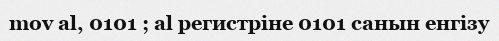
mov al, 0101 ; al регистріне 0101 санын енгізу